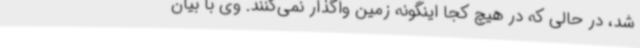
شد، در حالی که در هیچ کجا اینگونه زمین واگذار نمی‌کنند. وی با بیان